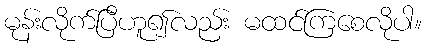
မုန်းလိုက်ပြီဟူ၍လည်း မထင်ကြစေလိုပါ။